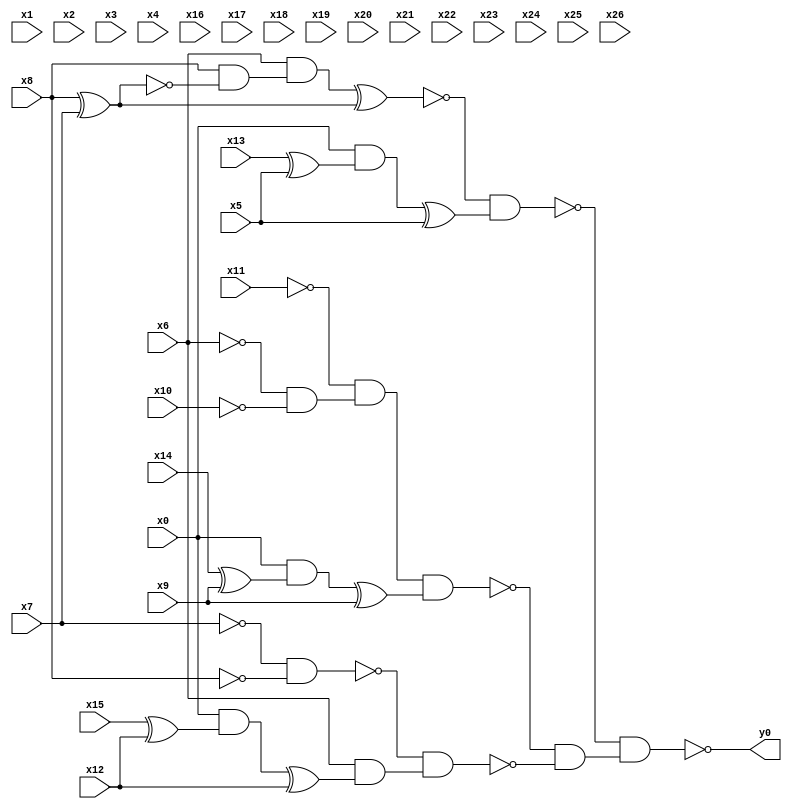
module top( x0 , x1 , x2 , x3 , x4 , x5 , x6 , x7 , x8 , x9 , x10 , x11 , x12 , x13 , x14 , x15 , x16 , x17 , x18 , x19 , x20 , x21 , x22 , x23 , x24 , x25 , x26 , y0 );
  input x0 , x1 , x2 , x3 , x4 , x5 , x6 , x7 , x8 , x9 , x10 , x11 , x12 , x13 , x14 , x15 , x16 , x17 , x18 , x19 , x20 , x21 , x22 , x23 , x24 , x25 , x26 ;
  output y0 ;
  wire n28 , n29 , n30 , n31 , n32 , n33 , n34 , n35 , n36 , n37 , n38 , n39 , n40 , n41 , n42 , n43 , n44 , n45 , n46 , n47 , n48 , n49 ;
  assign n28 = x8 ^ x7 ;
  assign n29 = x8 & ~n28 ;
  assign n30 = x6 & n29 ;
  assign n31 = n30 ^ n28 ;
  assign n32 = x13 ^ x5 ;
  assign n33 = x0 & n32 ;
  assign n34 = n33 ^ x5 ;
  assign n35 = ~n31 & n34 ;
  assign n36 = ~x6 & ~x10 ;
  assign n37 = ~x11 & n36 ;
  assign n38 = x14 ^ x9 ;
  assign n39 = x0 & n38 ;
  assign n40 = n39 ^ x9 ;
  assign n41 = n37 & n40 ;
  assign n42 = ~x7 & ~x8 ;
  assign n43 = x15 ^ x12 ;
  assign n44 = x0 & n43 ;
  assign n45 = n44 ^ x12 ;
  assign n46 = x6 & n45 ;
  assign n47 = ~n42 & n46 ;
  assign n48 = ~n41 & ~n47 ;
  assign n49 = ~n35 & n48 ;
  assign y0 = ~n49 ;
endmodule